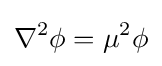
\nabla ^{2}\phi =\mu ^{2}\phi